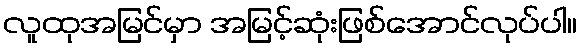
လူထုအမြင်မှာ အမြင့်ဆုံးဖြစ်အောင်လုပ်ပါ။